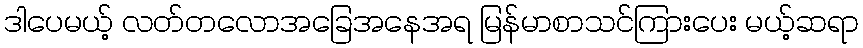
ဒါပေမယ့် လတ်တလောအခြေအနေအရ မြန်မာစာသင်ကြားပေး မယ့်ဆရာ